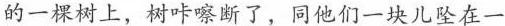
的一棵树上，树咔嚓断了，同他们一块儿坠在一